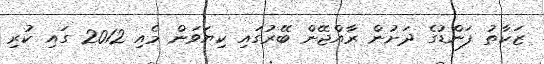
ޒަކާތު ފަންޑުގެ ދަށުން ރާއްޖޭން ބޭރުގައި ކިޔަވަން މެއި 2012 ގައި ކުރި